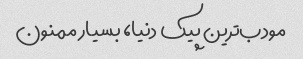
مودب‌ترین پیک دنیا، بسیار ممنون